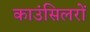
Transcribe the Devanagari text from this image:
काउंसिलरों